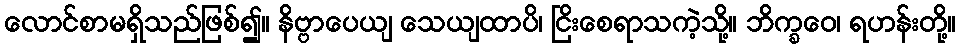
လောင်စာမရှိသည်ဖြစ်၍။ နိဗ္ဗာပေယျ သေယျထာပိ၊ ငြိးစေရာသကဲ့သို့။ ဘိက္ခဝေ၊ ရဟန်းတို့။